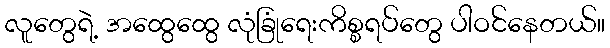
လူတွေရဲ့ အထွေထွေ လုံခြုံရေးကိစ္စရပ်တွေ ပါဝင်နေတယ်။